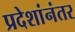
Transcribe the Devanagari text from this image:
प्रदेशांनंतर